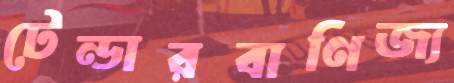
টেন্ডারবাণিজ্য